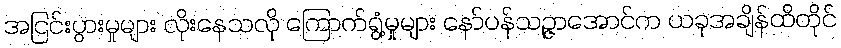
အငြင်းပွားမှုများ လိုးနေသလို ကြောက်ရွံ့မှုများ နော်ပန်သဉ္ဇာအောင်က ယခုအချိန်ထိတိုင်